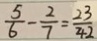
\frac { 5 } { 6 } - \frac { 2 } { 7 } = \frac { 2 3 } { 4 2 }